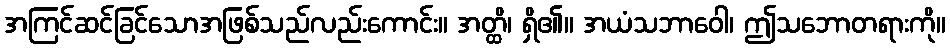
အကြင်ဆင်ခြင်သောအဖြစ်သည်လည်းကောင်း။ အတ္ထိ၊ ရှိ၏။ အယံသဘာဝေါ၊ ဤသဘောတရားကို။